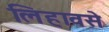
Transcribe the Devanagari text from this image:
लिहावसे